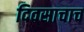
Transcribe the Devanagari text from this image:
दिवसाचाच